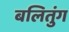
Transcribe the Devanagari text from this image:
बलितुंग